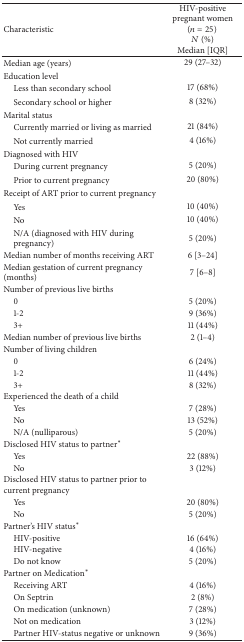
<table><thead><tr><td><b>Characteristic</b></td><td><b>HIV-positive pregnant women (<i>n</i> = 25) <i>N</i> (%)Median [IQR]</b></td></tr></thead><tbody><tr><td>Median age (years)</td><td>29 (27–32)</td></tr><tr><td>Education level</td><td>[EMPTY_CELL]</td></tr><tr><td> Less than secondary school</td><td>17 (68%)</td></tr><tr><td> Secondary school or higher</td><td>8 (32%)</td></tr><tr><td>Marital status</td><td>[EMPTY_CELL]</td></tr><tr><td> Currently married or living as married</td><td>21 (84%)</td></tr><tr><td> Not currently married</td><td>4 (16%)</td></tr><tr><td>Diagnosed with HIV</td><td>[EMPTY_CELL]</td></tr><tr><td> During current pregnancy</td><td>5 (20%)</td></tr><tr><td> Prior to current pregnancy</td><td>20 (80%)</td></tr><tr><td>Receipt of ART prior to current pregnancy</td><td>[EMPTY_CELL]</td></tr><tr><td> Yes</td><td>10 (40%)</td></tr><tr><td> No</td><td>10 (40%)</td></tr><tr><td> N/A (diagnosed with HIV during pregnancy)</td><td>5 (20%)</td></tr><tr><td>Median number of months receiving ART</td><td>6 [3–24]</td></tr><tr><td>Median gestation of current pregnancy (months) </td><td>7 [6–8]</td></tr><tr><td>Number of previous live births</td><td>[EMPTY_CELL]</td></tr><tr><td> 0</td><td>5 (20%)</td></tr><tr><td> 1-2</td><td>9 (36%)</td></tr><tr><td> 3+</td><td>11 (44%)</td></tr><tr><td>Median number of previous live births</td><td>2 (1–4)</td></tr><tr><td>Number of living children</td><td>[EMPTY_CELL]</td></tr><tr><td> 0</td><td>6 (24%)</td></tr><tr><td> 1-2</td><td>11 (44%)</td></tr><tr><td> 3+</td><td>8 (32%)</td></tr><tr><td>Experienced the death of a child</td><td>[EMPTY_CELL]</td></tr><tr><td> Yes</td><td>7 (28%)</td></tr><tr><td> No</td><td>13 (52%)</td></tr><tr><td> N/A (nulliparous)</td><td>5 (20%)</td></tr><tr><td>Disclosed HIV status to partner∗</td><td>[EMPTY_CELL]</td></tr><tr><td> Yes</td><td>22 (88%)</td></tr><tr><td> No</td><td>3 (12%)</td></tr><tr><td>Disclosed HIV status to partner prior to current pregnancy</td><td>[EMPTY_CELL]</td></tr><tr><td> Yes</td><td>20 (80%)</td></tr><tr><td> No</td><td>5 (20%)</td></tr><tr><td>Partner's HIV status∗</td><td>[EMPTY_CELL]</td></tr><tr><td> HIV-positive</td><td>16 (64%)</td></tr><tr><td> HIV-negative</td><td>4 (16%)</td></tr><tr><td> Do not know</td><td>5 (20%)</td></tr><tr><td>Partner on Medication∗</td><td>[EMPTY_CELL]</td></tr><tr><td> Receiving ART</td><td>4 (16%)</td></tr><tr><td> On Septrin</td><td>2 (8%)</td></tr><tr><td> On medication (unknown)</td><td>7 (28%)</td></tr><tr><td> Not on medication</td><td>3 (12%)</td></tr><tr><td> Partner HIV-status negative or unknown</td><td>9 (36%)</td></tr></tbody></table>